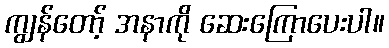
ကျွန်တော့် အနာကို ဆေးကြောပေးပါ။